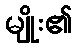
မျိုး၏